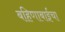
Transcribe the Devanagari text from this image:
बहिणाबाईचा